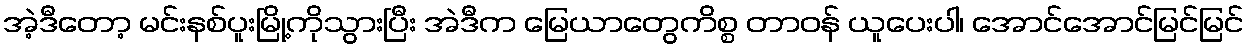
အဲ့ဒီတော့ မင်းနစ်ပူးမြို့ကိုသွားပြီး အဲဒီက မြေယာတွေကိစ္စ တာဝန် ယူပေးပါ၊ အောင်အောင်မြင်မြင်